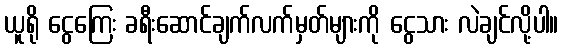
ယူရို ငွေကြေး ခရီးဆောင်ချက်လက်မှတ်များကို ငွေသား လဲချင်လို့ပါ။